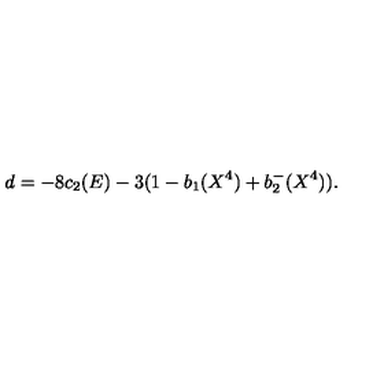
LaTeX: d = - 8 c _ { 2 } ( E ) - 3 ( 1 - b _ { 1 } ( X ^ { 4 } ) + b _ { 2 } ^ { - } ( X ^ { 4 } ) ) .